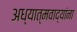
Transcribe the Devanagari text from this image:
अध्यात्मवाद्यांना